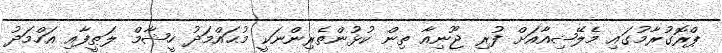
ޕްރޮގުރާމުގައި މެލޭޝިއާއަށް ފުރި ޖޫނިއާ ތިން ކުޅުންތެރިންނަކީ މުޙައްމަދު ހީޝާމް ލަޠީފާއި އަހްމަދު